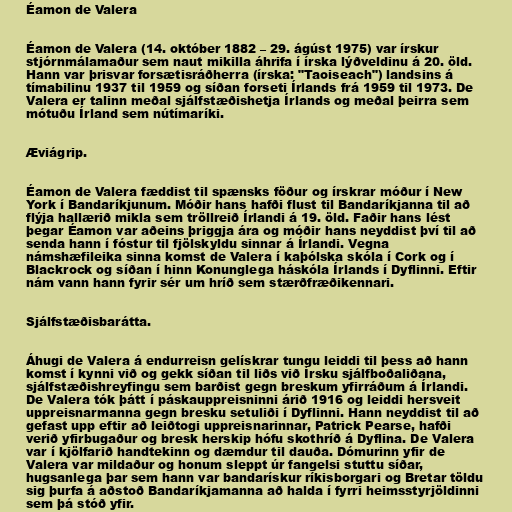
Éamon de Valera

Éamon de Valera (14. október 1882 – 29. ágúst 1975) var írskur
stjórnmálamaður sem naut mikilla áhrifa í írska lýðveldinu á 20. öld.
Hann var þrisvar forsætisráðherra (írska: "Taoiseach") landsins á
tímabilinu 1937 til 1959 og síðan forseti Írlands frá 1959 til 1973. De
Valera er talinn meðal sjálfstæðishetja Írlands og meðal þeirra sem
mótuðu Írland sem nútímaríki.

Æviágrip.

Éamon de Valera fæddist til spænsks föður og írskrar móður í New
York í Bandaríkjunum. Móðir hans hafði flust til Bandaríkjanna til að
flýja hallærið mikla sem tröllreið Írlandi á 19. öld. Faðir hans lést
þegar Éamon var aðeins þriggja ára og móðir hans neyddist því til að
senda hann í fóstur til fjölskyldu sinnar á Írlandi. Vegna
námshæfileika sinna komst de Valera í kaþólska skóla í Cork og í
Blackrock og síðan í hinn Konunglega háskóla Írlands í Dyflinni. Eftir
nám vann hann fyrir sér um hríð sem stærðfræðikennari.

Sjálfstæðisbarátta.

Áhugi de Valera á endurreisn gelískrar tungu leiddi til þess að hann
komst í kynni við og gekk síðan til liðs við Írsku sjálfboðaliðana,
sjálfstæðishreyfingu sem barðist gegn breskum yfirráðum á Írlandi.
De Valera tók þátt í páskauppreisninni árið 1916 og leiddi hersveit
uppreisnarmanna gegn bresku setuliði í Dyflinni. Hann neyddist til að
gefast upp eftir að leiðtogi uppreisnarinnar, Patrick Pearse, hafði
verið yfirbugaður og bresk herskip hófu skothríð á Dyflina. De Valera
var í kjölfarið handtekinn og dæmdur til dauða. Dómurinn yfir de
Valera var mildaður og honum sleppt úr fangelsi stuttu síðar,
hugsanlega þar sem hann var bandarískur ríkisborgari og Bretar töldu
sig þurfa á aðstoð Bandaríkjamanna að halda í fyrri heimsstyrjöldinni
sem þá stóð yfir.